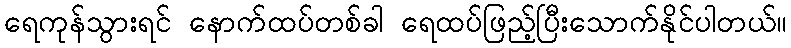
ရေကုန်သွားရင် နောက်ထပ်တစ်ခါ ရေထပ်ဖြည့်ပြီးသောက်နိုင်ပါတယ်။